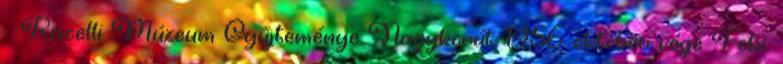
Kiscelli Múzeum Gyűjteménye Nagykörút, 1956. október vége Fotó: